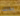
بذلك